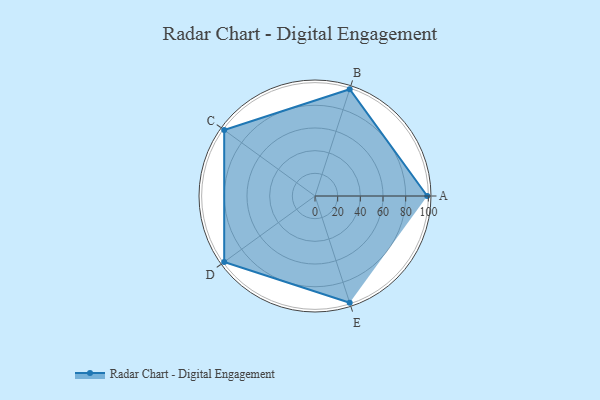
{"axis": {"x": "Skill", "y": "Score"}, "legend": ["Profile"], "data": [{"x": "A", "y": 99, "type": "Profile"}, {"x": "B", "y": 99, "type": "Profile"}, {"x": "C", "y": 99, "type": "Profile"}, {"x": "D", "y": 99, "type": "Profile"}, {"x": "E", "y": 99, "type": "Profile"}]}